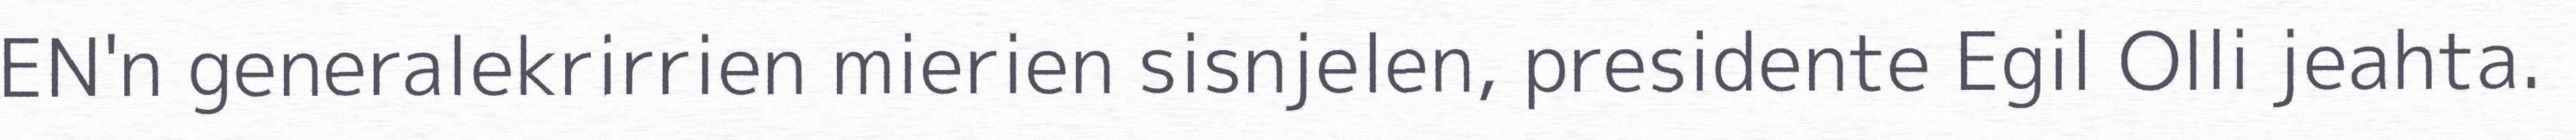
EN'n generalekrirrien mierien sisnjelen, presidente Egil Olli jeahta.